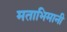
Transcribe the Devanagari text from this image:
मताभिमानी